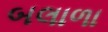
બલાળા